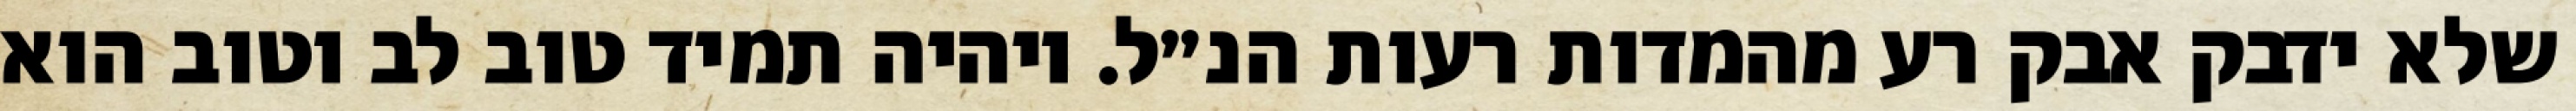
שלא ידבק אבק רע מהמדות רעות הנ״ל. ויהיה תמיד טוב לב וטוב הוא